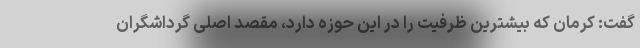
گفت: کرمان که بیشترین ظرفیت را در این حوزه دارد، مقصد اصلی گرداشگران